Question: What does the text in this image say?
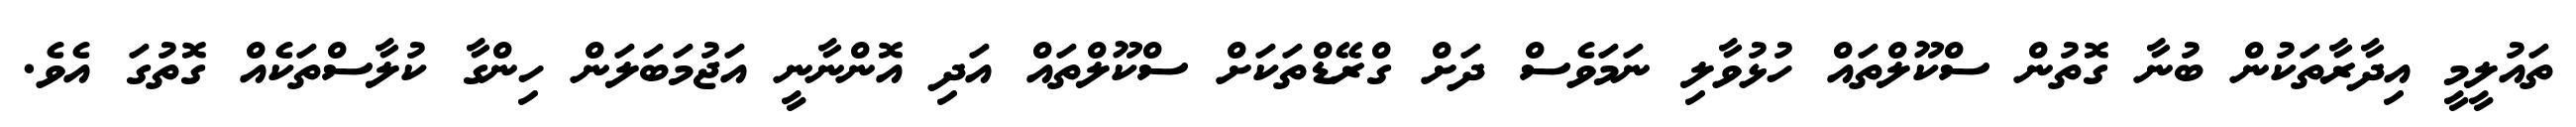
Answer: ތައުލީމީ އިދާރާތަކުން ބުނާ ގޮތުން ސްކޫލްތައް ހުޅުވާލި ނަމަވެސް ދަށް ގްރޭޑްތަކަށް ސްކޫލްތައް އަދި އޮންނާނީ އަޖުމަބަލަން ހިންގާ ކުލާސްތަކެއް ގޮތުގަ އެވެ.